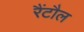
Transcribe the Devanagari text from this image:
रैंटौल